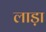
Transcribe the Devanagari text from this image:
लाड़ा